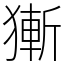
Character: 獑